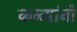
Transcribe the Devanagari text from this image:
कळ्यांनो